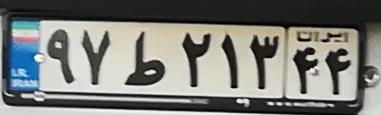
۹۷ط۲۱۳۴۴